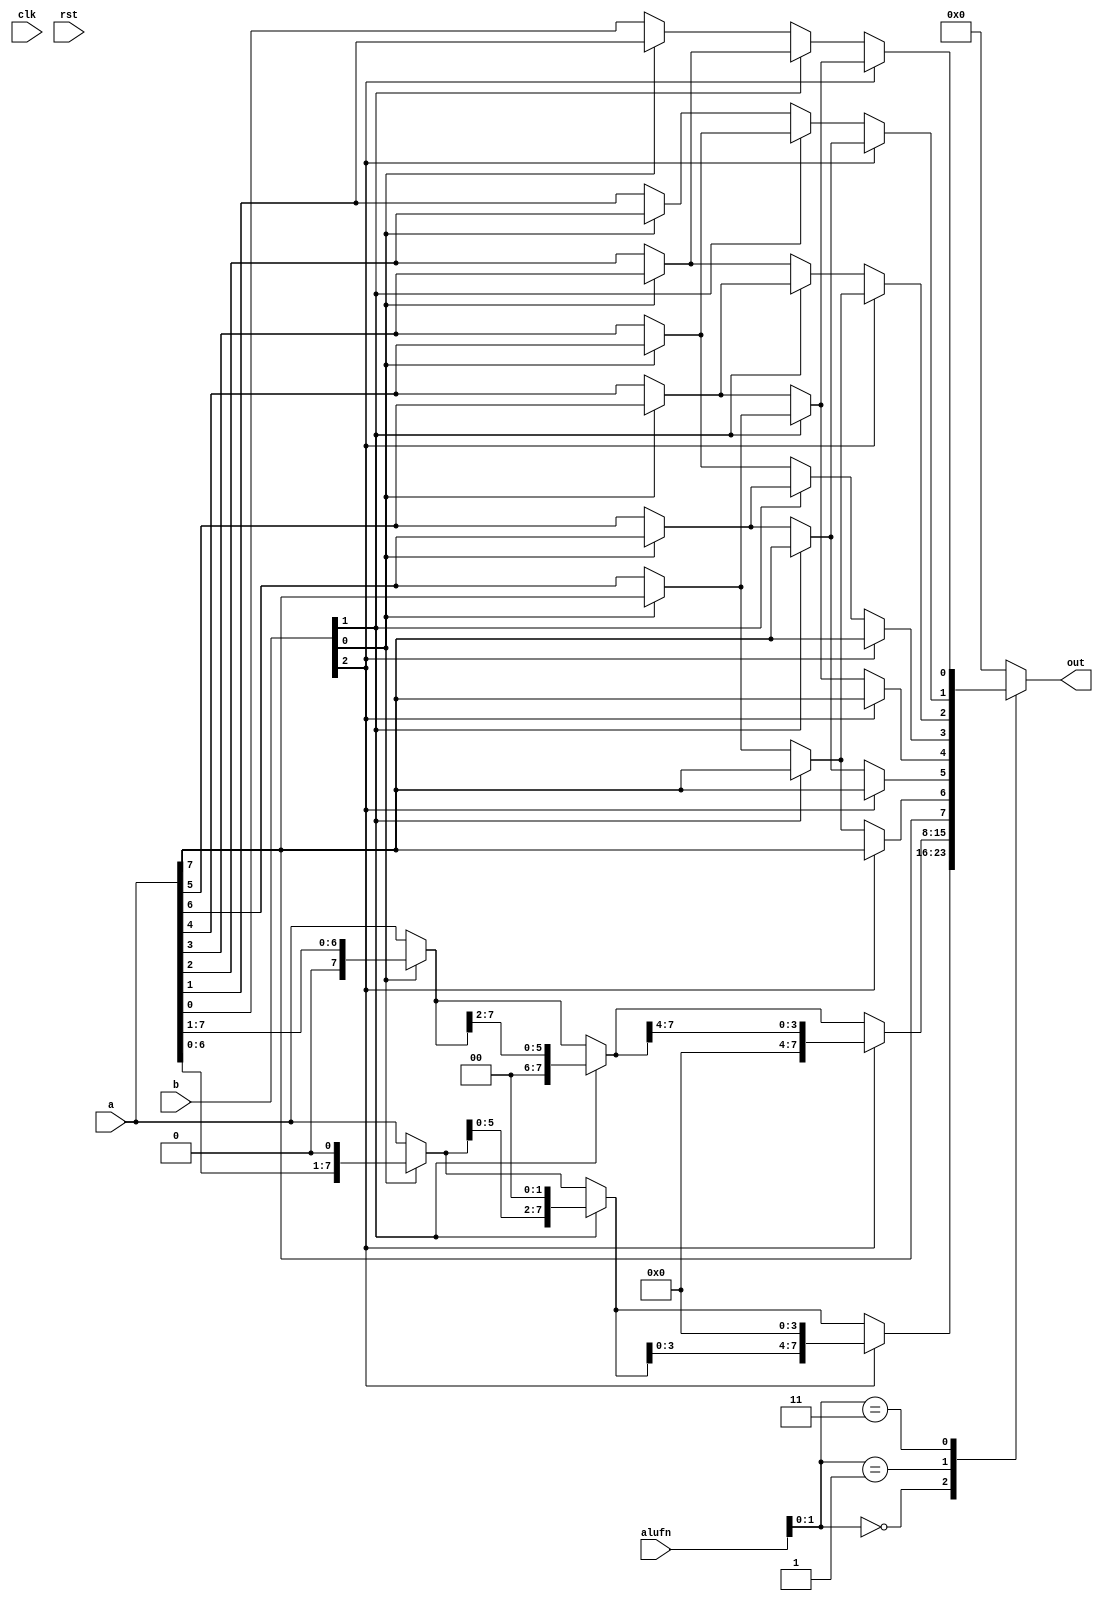
/*
   This file was generated automatically by the Mojo IDE version B1.3.6.
   Do not edit this file directly. Instead edit the original Lucid source.
   This is a temporary file and any changes made to it will be destroyed.
*/

module shifter_66 (
    input clk,
    input rst,
    input [5:0] alufn,
    input [7:0] a,
    input [7:0] b,
    output reg [7:0] out
  );
  
  
  
  reg [7:0] x;
  
  integer char;
  
  integer i;
  
  always @* begin
    out = 8'h00;
    
    case (alufn[0+1-:2])
      2'h0: begin
        x = a;
        if (b[0+0-:1]) begin
          x = x << 1'h1;
        end
        if (b[1+0-:1]) begin
          x = x << 2'h2;
        end
        if (b[2+0-:1]) begin
          x = x << 3'h4;
        end
        out = x;
      end
      2'h1: begin
        x = a;
        if (b[0+0-:1]) begin
          x = x >> 1'h1;
        end
        if (b[1+0-:1]) begin
          x = x >> 2'h2;
        end
        if (b[2+0-:1]) begin
          x = x >> 3'h4;
        end
        out = x;
      end
      2'h3: begin
        char = a[7+0-:1];
        x = a;
        if (b[0+0-:1]) begin
          for (i = 1'h0; i < 3'h7; i = i + 1) begin
            x[(i)*1+0-:1] = x[(i + 1'h1)*1+0-:1];
          end
          x[7+0-:1] = char;
        end
        if (b[1+0-:1]) begin
          for (i = 1'h0; i < 3'h6; i = i + 1) begin
            x[(i)*1+0-:1] = x[(i + 2'h2)*1+0-:1];
          end
          x[7+0-:1] = char;
          x[6+0-:1] = char;
        end
        if (b[2+0-:1]) begin
          for (i = 1'h0; i < 3'h4; i = i + 1) begin
            x[(i)*1+0-:1] = x[(i + 3'h4)*1+0-:1];
          end
          x[7+0-:1] = char;
          x[6+0-:1] = char;
          x[5+0-:1] = char;
          x[4+0-:1] = char;
        end
        out = x;
      end
    endcase
  end
endmodule